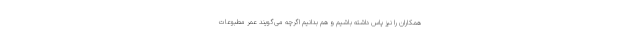
همکاران را نیز پاس داشته باشیم و هم بدانیم اگرچه می‌گویند عمر مطبوعات